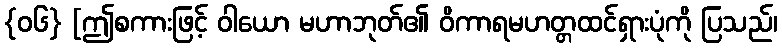
{၀၆} [ဤစကားဖြင့် ဝါယော မဟာဘုတ်၏ ဝိကာရမဟတ္တထင်ရှားပုံကို ပြသည်၊